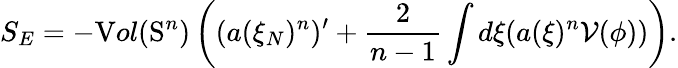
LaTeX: S_{E}=-{\textnormal Vol}(\mathrm{S}^{n})\left((a(\xi_{N})^{n})^{\prime}+\frac{2}{n-1}\int d\xi(a(\xi)^{n}{\cal V}(\phi))\right).